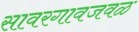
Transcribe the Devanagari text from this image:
सावरगावजवळ